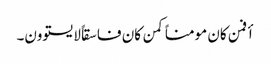
أفمن کان مومناً کمن کان فاسقاً لایستوون۔